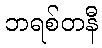
ဘရစ်တနီ